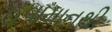
હવામાનથી